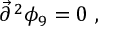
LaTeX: { \vec { \partial } } ^ { \, 2 } \phi _ { 9 } = 0 \ ,